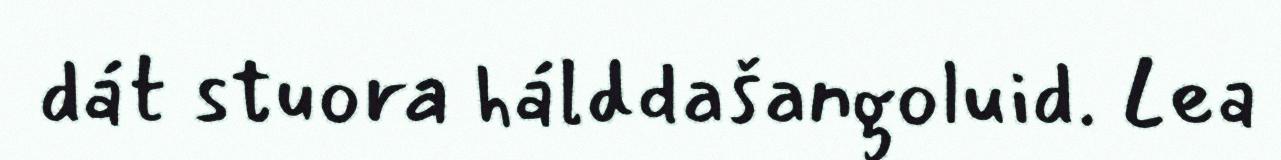
dát stuora hálddašangoluid. Lea